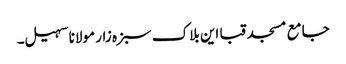
جامع مسجد قبا این بلاک سبزہ زار مولانا سہیل۔